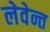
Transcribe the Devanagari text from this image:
लेवेन्त